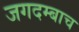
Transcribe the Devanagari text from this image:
जगदम्बाच